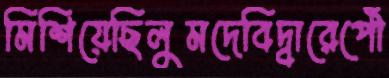
মিশিয়েছিলুমদেবিদ্বারেপৌঁ